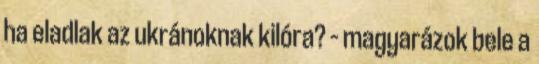
ha eladlak az ukránoknak kilóra? – magyarázok bele a